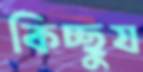
কিচ্ছুয